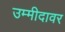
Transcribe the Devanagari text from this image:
उम्मीदावर